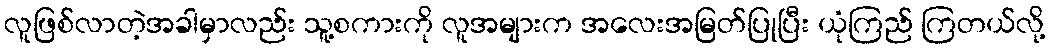
လူဖြစ်လာတဲ့အခါမှာလည်း သူ့စကားကို လူအများက အလေးအမြတ်ပြုပြီး ယုံကြည် ကြတယ်လို့